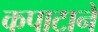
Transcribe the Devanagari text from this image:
कपाटाने